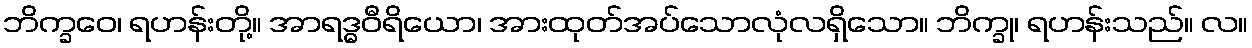
ဘိက္ခဝေ၊ ရဟန်းတို့။ အာရဒ္ဓဝီရိယော၊ အားထုတ်အပ်သောလုံလရှိသော။ ဘိက္ခု၊ ရဟန်းသည်။ လ။